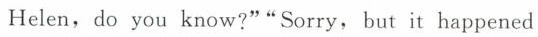
Helen,do you know?""Sorry, but it happened